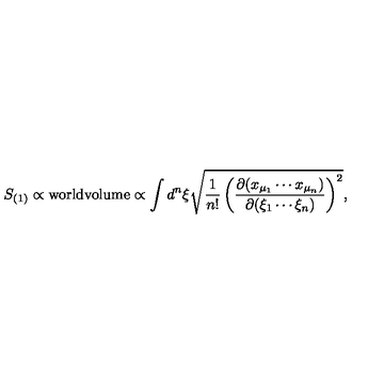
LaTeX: S _ { ( 1 ) } \propto \mathrm { w o r l d v o l u m e } \propto \int d ^ { n } \xi \sqrt { \frac { 1 } { n ! } \left( \frac { \partial ( x _ { \mu _ { 1 } } \cdots x _ { \mu _ { n } } ) } { \partial ( \xi _ { 1 } \cdots \xi _ { n } ) } \right) ^ { 2 } } ,